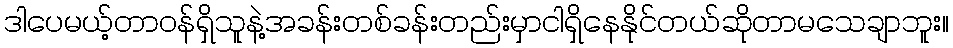
ဒါပေမယ့်တာဝန်ရှိသူနဲ့အခန်းတစ်ခန်းတည်းမှာငါရှိနေနိုင်တယ်ဆိုတာမသေချာဘူး။